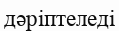
дәріптеледі